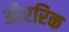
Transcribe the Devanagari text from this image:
औररिक